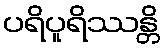
ပရိပူရိဿန္တိ